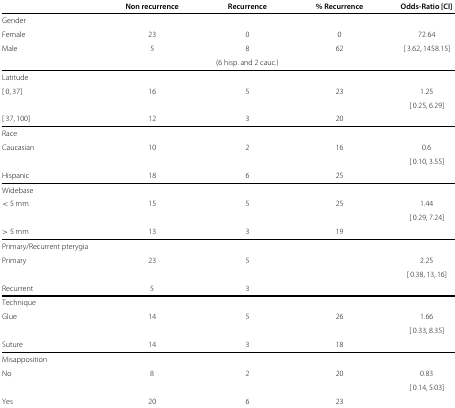
<table><thead><tr><td colspan="5"><b> </b></td></tr><tr><td><b> </b></td><td><b>Non recurrence</b></td><td><b>Recurrence</b></td><td><b>% Recurrence</b></td><td><b>Odds-Ratio [CI]</b></td></tr></thead><tbody><tr><td>Gender</td><td> </td><td> </td><td> </td><td> </td></tr><tr><td>Female</td><td>23</td><td>0</td><td>0</td><td>72.64</td></tr><tr><td>Male</td><td>5</td><td>8</td><td>62</td><td>[3.62,1458.15]</td></tr><tr><td> </td><td> </td><td>(6 hisp. and 2 cauc.)</td><td> </td><td> </td></tr><tr><td>Latitude</td><td> </td><td> </td><td> </td><td> </td></tr><tr><td>[0,37]</td><td>16</td><td>5</td><td>23</td><td>1.25</td></tr><tr><td> </td><td> </td><td> </td><td> </td><td>[0.25,6.29]</td></tr><tr><td>[37,100]</td><td>12</td><td>3</td><td>20</td><td> </td></tr><tr><td>Race</td><td> </td><td> </td><td> </td><td> </td></tr><tr><td>Caucasian</td><td>10</td><td>2</td><td>16</td><td>0.6</td></tr><tr><td> </td><td> </td><td> </td><td> </td><td>[0.10,3.55]</td></tr><tr><td>Hispanic</td><td>18</td><td>6</td><td>25</td><td> </td></tr><tr><td>Widebase</td><td> </td><td> </td><td> </td><td> </td></tr><tr><td>&lt; 5 mm</td><td>15</td><td>5</td><td>25</td><td>1.44</td></tr><tr><td> </td><td> </td><td> </td><td> </td><td>[0.29,7.24]</td></tr><tr><td>&gt; 5 mm</td><td>13</td><td>3</td><td>19</td><td> </td></tr><tr><td>Primary/Recurrent pterygia</td><td> </td><td> </td><td> </td><td> </td></tr><tr><td>Primary</td><td>23</td><td>5</td><td> </td><td>2.25</td></tr><tr><td> </td><td> </td><td> </td><td> </td><td>[0.38,13,16]</td></tr><tr><td>Recurrent</td><td>5</td><td>3</td><td> </td><td> </td></tr><tr><td>Technique</td><td> </td><td> </td><td> </td><td> </td></tr><tr><td>Glue</td><td>14</td><td>5</td><td>26</td><td>1.66</td></tr><tr><td> </td><td> </td><td> </td><td> </td><td>[0.33,8.35]</td></tr><tr><td>Suture</td><td>14</td><td>3</td><td>18</td><td> </td></tr><tr><td>Misapposition</td><td> </td><td> </td><td> </td><td> </td></tr><tr><td>No</td><td>8</td><td>2</td><td>20</td><td>0.83</td></tr><tr><td> </td><td> </td><td> </td><td> </td><td>[0.14,5.03]</td></tr><tr><td>Yes</td><td>20</td><td>6</td><td>23</td><td> </td></tr></tbody></table>